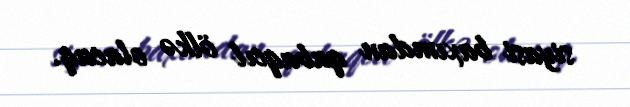
siyasi baxımdan qabaqcıl ölkə olacaq.